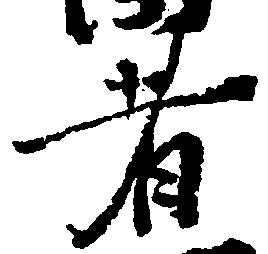
者